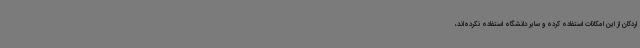
اردکان از این امکانات استفاده کرده و سایر دانشگاه استفاده نکرده‌اند،